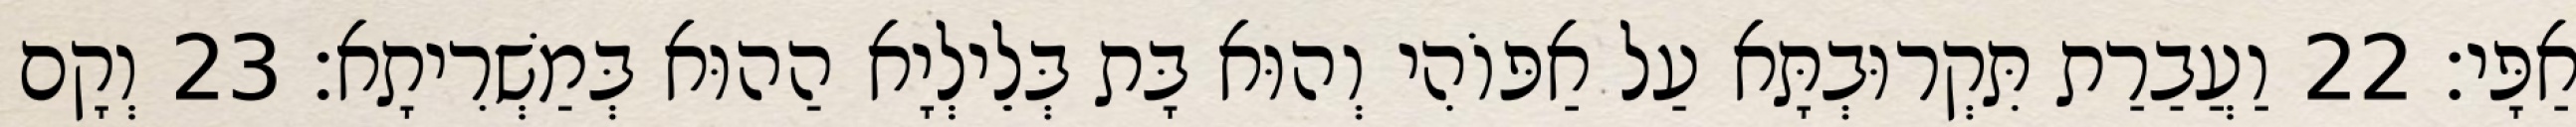
אַפָּי׃ 22 וַעֲבַרַת תִּקְרוּבְתָּא עַל אַפּוֹהִי וְהוּא בָּת בְּלֵילְיָא הַהוּא בְּמַשְׁרִיתָא׃ 23 וְקָם